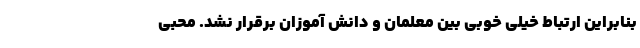
بنابراین ارتباط خیلی خوبی بین معلمان و دانش آموزان برقرار نشد. محبی